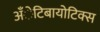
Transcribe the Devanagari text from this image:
अँेटिबायोटिक्स